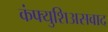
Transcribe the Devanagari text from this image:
कंफ्युशिअसवाद